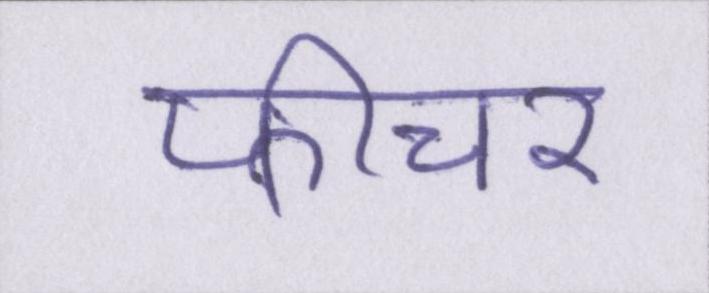
फीचर